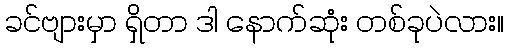
ခင်ဗျားမှာ ရှိတာ ဒါ နောက်ဆုံး တစ်ခုပဲလား။